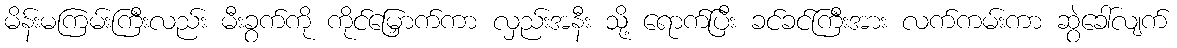
မိန်းမကြမ်းကြီးလည်း မီးခွက်ကို ကိုင်မြှောက်ကာ လှည်းအနီး သို့ ရောက်ပြီး ခင်ခင်ကြီးအား လက်ကမ်းကာ ဆွဲခေါ်လျက်